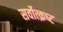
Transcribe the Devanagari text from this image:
सर्वोत्‍क्रष्‍ट